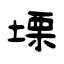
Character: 塛